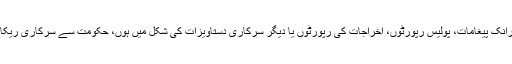
اس سے قطع نظر کہ یہ ریکارڈ ای میلز، الیکٹرانک پیغامات، پولیس رپورٹوں، اخراجات کی رپورٹوں یا دیگر سرکاری دستاویزات کی شکل میں ہوں، حکومت سے سرکاری ریکارڈ حاصل کرنے کی درخواست دی سکتی ہے۔